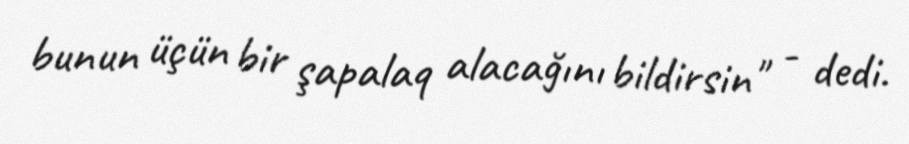
bunun üçün bir şapalaq alacağını bildirsin" - dedi.